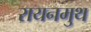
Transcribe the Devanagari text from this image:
रायनमुथ